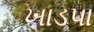
ખાડપા